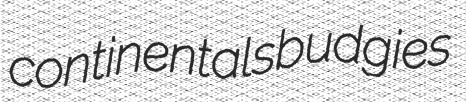
continentals budgies